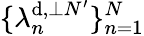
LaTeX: \{ \lambda_{n}^{\mathrm{d},\perp N^{\prime}}\} _{n=1}^{N}